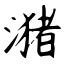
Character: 潴